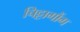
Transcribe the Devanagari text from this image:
चिट्टागौंग